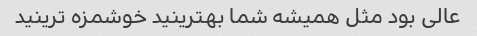
عالی بود مثل همیشه شما بهترینید خوشمزه ترینید